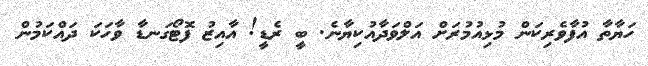
ހަޔާތާ އުފާވެރިކަން މުޅިއުމުރަށް އަލްވަދާއުކިޔާނެ. ބީ ރެޑީ! އާއިޒު ފޮޓޯގަނޑާ ވާހަކަ ދައްކަމުން